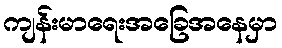
ကျန်းမာရေးအခြေအနေမှာ